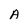
Character: A